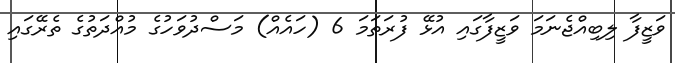
ވަޒީފާ ލިބިއްޖެނަމަ ވަޒީފާގައި އުޅޭ ފުރަތަމަ 6 (ހައެއް) މަސްދުވަހުގެ މުއްދަތުގެ ތެރޭގައި